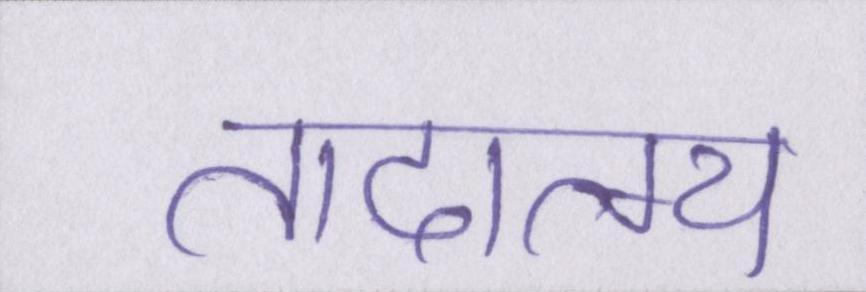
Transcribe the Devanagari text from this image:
तादात्म्य